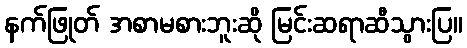
နက်ဖြုတ် အစာမစားဘူးဆို မြင်းဆရာဆီသွားပြ။